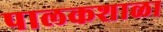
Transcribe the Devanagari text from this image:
पालकशाळा